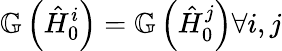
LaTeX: \mathbb{G}\left(\hat{H}_{0}^{i}\right)=\mathbb{G}\left(\hat{H}_{0}^{j}\right)\forall i,j